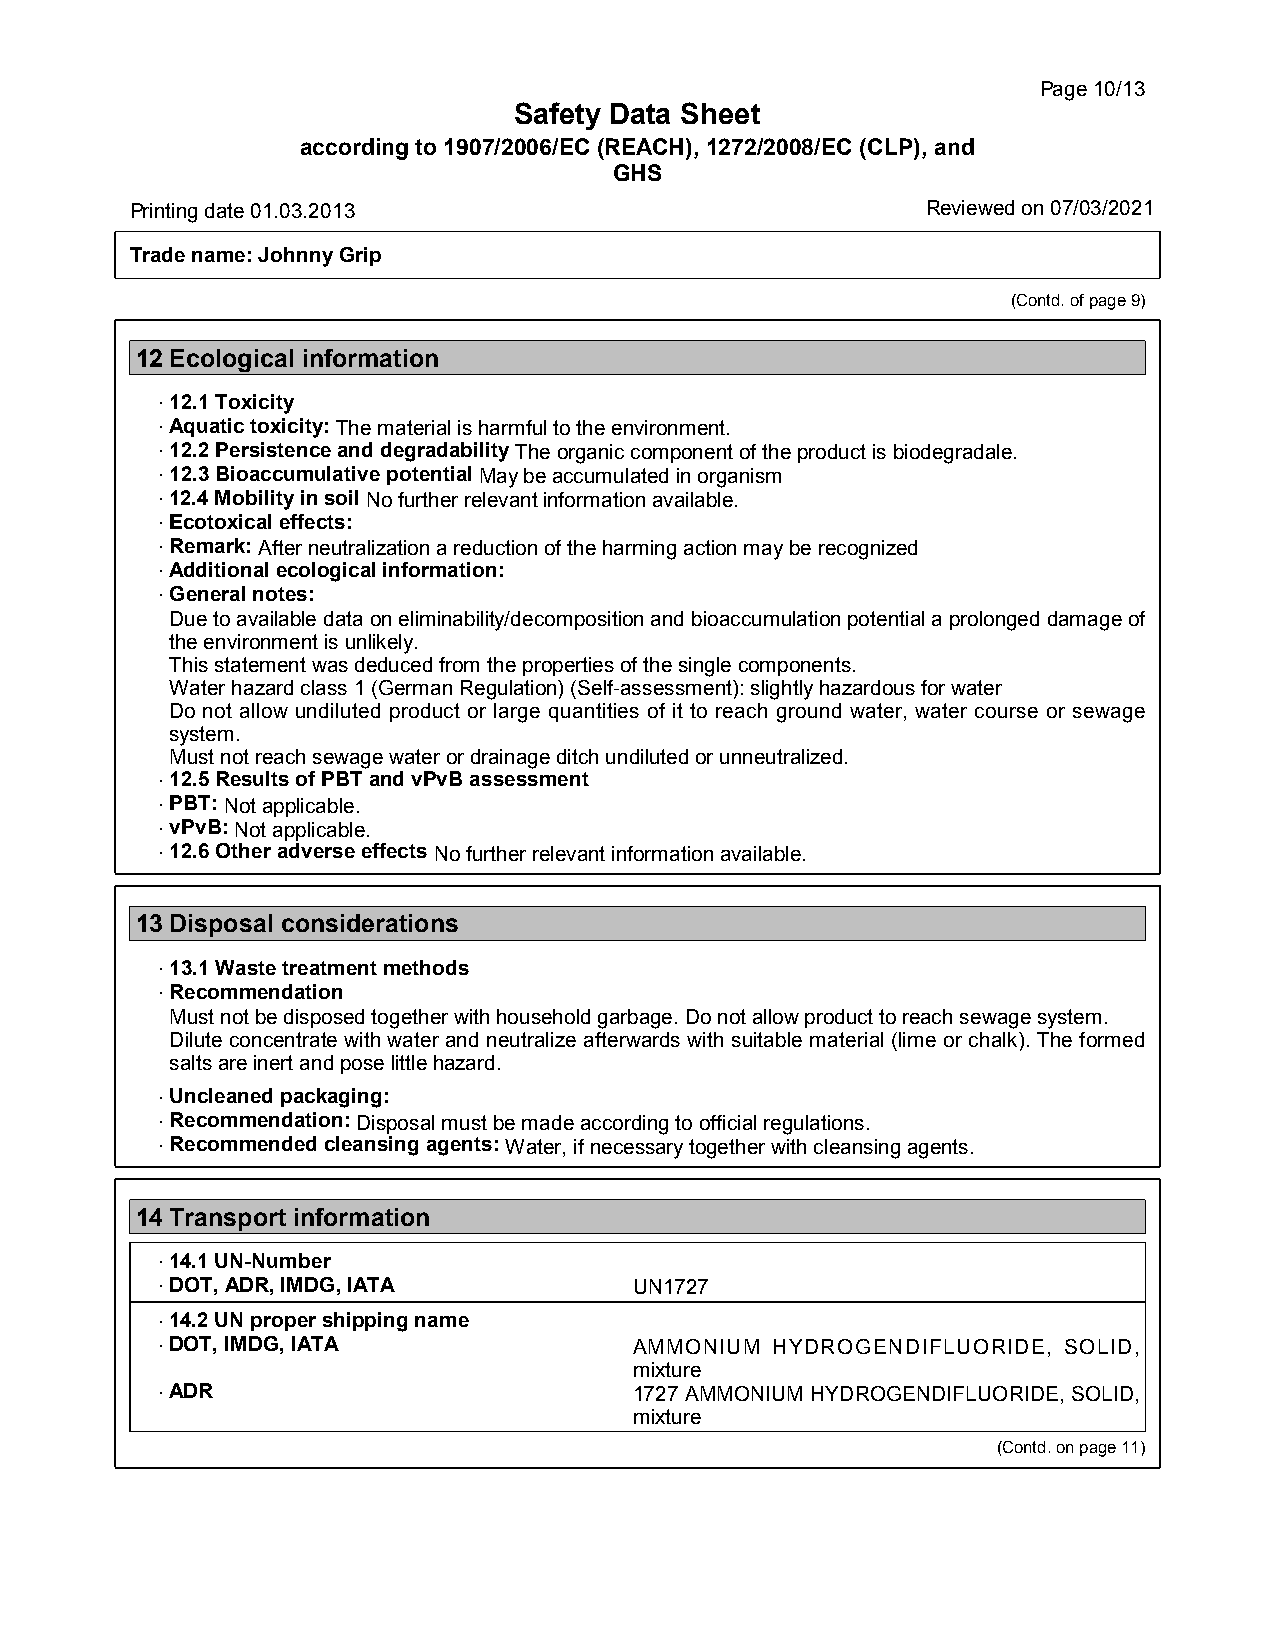
Page10/13
 Safety Data Sheet
 according to 1907/2006/EC (REACH), 1272/2008/EC (CLP), and
 GHS
 Printingdate01.03.2013                              Reviewed on 07/03/2021
 Tradename:JohnnyGrip
 (Contd.ofpage9)
 12Ecological information
 ·12.1Toxicity
 ·Aquatictoxicity:Thematerialisharmfultotheenvironment.
 ·12.2PersistenceanddegradabilityTheorganiccomponentoftheproductisbiodegradale.
 ·12.3BioaccumulativepotentialMaybeaccumulatedinorganism
 ·12.4MobilityinsoilNofurtherrelevantinformationavailable.
 ·Ecotoxicaleffects:
 ·Remark:Afterneutralizationareductionoftheharmingactionmayberecognized
 ·Additionalecologicalinformation:
 ·Generalnotes:
 Duetoavailabledataoneliminability/decompositionandbioaccumulationpotentialaprolongeddamageof
 theenvironmentisunlikely.
 Thisstatementwasdeducedfromthepropertiesofthesinglecomponents.
 Waterhazardclass1(GermanRegulation)(Self-assessment):slightlyhazardousforwater
 Do not allow undiluted product or large quantities of it to reach ground water, water course or sewage
 system.
 Mustnotreachsewagewaterordrainageditchundilutedorunneutralized.
 ·12.5ResultsofPBTandvPvBassessment
 ·PBT:Notapplicable.
 ·vPvB:Notapplicable.
 ·12.6OtheradverseeffectsNofurtherrelevantinformationavailable.
 13Disposal considerations
 ·13.1Wastetreatmentmethods
 ·Recommendation
 Mustnotbedisposedtogetherwithhouseholdgarbage.Donotallowproducttoreachsewagesystem.
 Diluteconcentrate withwater andneutralizeafterwards withsuitablematerial(limeor chalk).Theformed
 saltsareinertandposelittlehazard.
 ·Uncleanedpackaging:
 ·Recommendation:Disposalmustbemadeaccordingtoofficialregulations.
 ·Recommendedcleansingagents:Water,ifnecessarytogetherwithcleansingagents.
 14Transport information
 ·14.1UN-Number
 ·DOT,ADR,IMDG,IATA              UN1727
 ·14.2UNpropershippingname
 ·DOT,IMDG,IATA                  AMMONIUM HYDROGENDIFLUORIDE, SOLID,
 mixture
 ·ADR                            1727AMMONIUM HYDROGENDIFLUORIDE,SOLID,
 mixture
 (Contd.onpage11)
 36.0.2